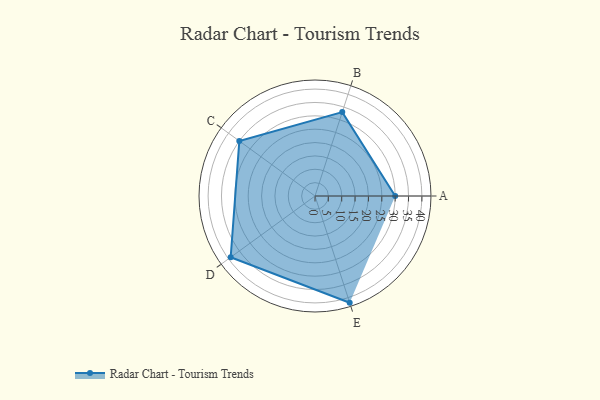
{"axis": {"x": "Skill", "y": "Score"}, "legend": ["Profile"], "data": [{"x": "A", "y": 30.0, "type": "Profile"}, {"x": "B", "y": 33.0, "type": "Profile"}, {"x": "C", "y": 35.0, "type": "Profile"}, {"x": "D", "y": 39.0, "type": "Profile"}, {"x": "E", "y": 42.0, "type": "Profile"}]}